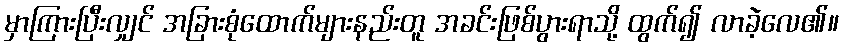
မှာကြားပြီးလျှင် အခြားစုံထောက်များနည်းတူ အခင်းဖြစ်ပွားရာသို့ ထွက်၍ လာခဲ့လေ၏။